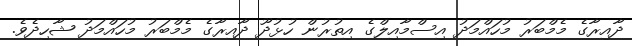
ދާއިރާގެ މެމްބަރު މުހައްމަދު އިސްމާއިލްގެ އިތުރުން ހުޅުދޫ ދާއިރާގެ މެމްބަރު މުހައްމަދު ޝާހިދެވެ.